Cholera in southern India
Disease focus: Cholera
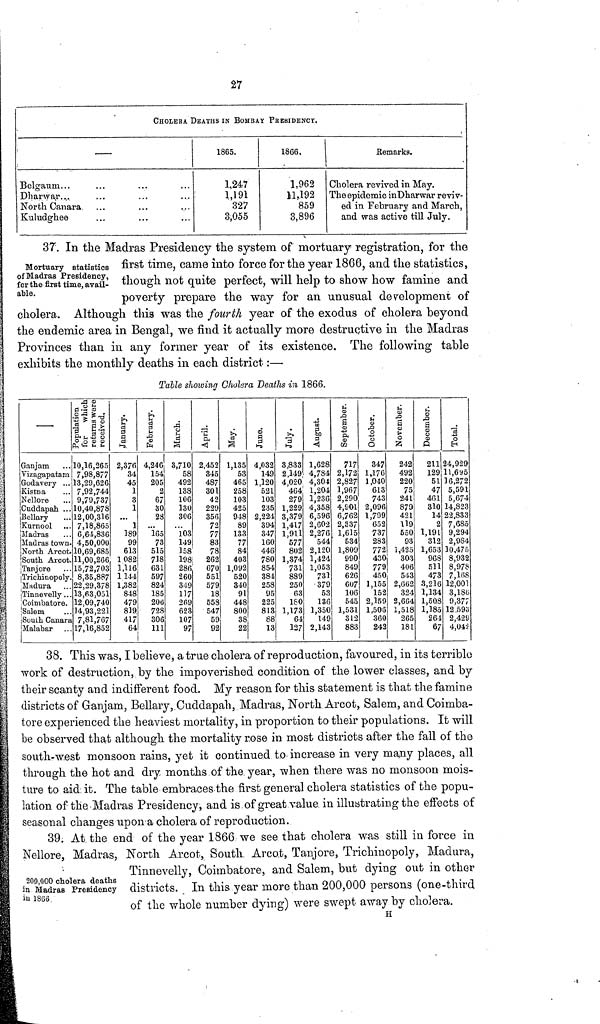
27
CHOLERA. DEATHS IN BOMBAY PRESIDENCY.
Belgaum...
Dharwar...
North Canara.
Kuludghee
1865.
1,247
1,191
327
3,055
1866.
1,962
11,192,
859
3,896
Remarks.
Cholera revived in May.
The epidemic in Dharwar reviv-
ed in February and March,
and was active till July.
Mortuary statistics
of Madras Presidency,
for the first time, avail-
able.
37. In the Madras Presidency the system of mortuary registration, for the
first time, came into force for the year 1866, and the statistics,
though not quite perfect, will help to show how famine and
poverty prepare the way for an unusual development of
cholera. Although this was the fourth year of the exodus of cholera beyond
the endemic area in Bengal, we find it actually more destructive in the Madras
Provinces than in any former year of its existence. The following table
exhibits the monthly deaths in each district:—
Table showing Cholera Deaths in 1866.
—
Ganjam
Vizagapatam
Godavery
Kistna
Nellore
Cuddapah .
Bellary
Kurnool
Madras
Madras town.
North Arcot.
South Arcot.
Tanjore
Trichinopoly.
Madura
Tinnevelly . . .
Coimbatore.
Salem
South Canara
Malabar
Population for which
returns were
received.
10,16,265
7,98,877
13,29,626
7,92,744
9,79,737
10,40,878
12,00,316
7,18,865
6,64,836
4,50,000
10,69,685
11,00,266
15,72,703
8,35,887
22,29,378
13,63,051
12,09,740
14,93,221
7,81,767
17,16,852
January.
2,370
34
45
1
3
1
...
1
189
99
613
1 082
1,116
1 144
1,382
848
479
819.
417
64
February.
4,246
154
205
2
67
30
28
...
165
73
515
718
631
597
824
185
200
728
306
111
March.
3,710
58
492
138
106
130
306
...
103
149
158
198
286
260
349
117
269
623
107
97
April.
2,452
345
487
301
42
229
356
72
77
83
78
262
670
551
579
18
558
547
59
92
May.
1,135
53
465
258
103
425
948
89
133
77
84
403
1,092
520
340
91
448
800
38
22
June.
4,032
149
1,120
521
103
235
2,224
394
347
160
446
780
854
384
258
95
225
813
88
13
July.
3,833
2,149
4,020
464
279
1,229
3,379
1,417
1,911
577
802
1,374
731
889
250
63
180
1,173
61
127
August.
1,628
4,784
4,304
1,204
1,236
4,358
6,596
2,602
2,276
544
2,120
1,424
1,053
731
379
53
136
1,350
149
2,143
September.
717
2,172
2,827
1,967
2,290
4,901
6,762
2,337
1,615
534
1,809
990
849
626
607
106
545
1,531
312
883
October.
347
1,176
1.040
613
743
2,096
1,799
652
737
283
772
430
779
450
1,155
152
2,159
1,506
360
242
November.
242
492
220
75
241
879
421
119
550
93
1,425
303
406
543
2,662
324
2,664
1,518
265
181
December.
211
129
51
47
461
310
14
2
1,191
312
1,653
968
511
473
3,216
1,134
1,50.8
1,185
264
67
Total.
24,929
11,695
16,272
5,591
5,674
14,823
22,833
7,685
9,294
2,984
10,475
8,932
8,978
7,168
12,001
3,186
9,377
12 ,593
2,429
4,043
38. This was, I believe, a true cholera of reproduction, favoured, in its terrible
work of destruction, by the impoverished condition of the lower classes, and by
their scanty and indifferent food. My reason for this statement is that the famine
districts of Ganjam, Bellary, Cuddapah, Madras, North Arcot, Salem, and Coimba-
tore experienced the heaviest mortality, in proportion to their populations. It will
be observed that although the mortality rose in most districts after the fall of the
south-west monsoon rains, yet it continued to increase in very many places, all
through the hot and dry months.of the. year, when there was no monsoon mois-
ture to aid it. The table embraces the first general cholera statistics of the popu-
lation of the Madras Presidency, and is of great value in illustrating the effects of
seasonal changes upon a cholera of reproduction.
200,000 cholera deaths
in Madras Presidency
in 1866
39. At the end of the year 1866 we see that cholera was still in force in
Nellore, Madras, North Arcot, South Arcot, Tanjore, Trichinopoly, Madura,
Tinnevelly, Coimbatore, and Salem, but dying out in other
districts. In this year more than 200,000 persons (one-third
of the whole number dying) were swept away by cholera.
H